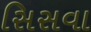
સિસવા